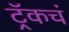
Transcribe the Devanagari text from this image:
ट्रॅकचं